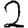
Digit: 2